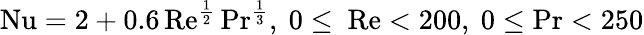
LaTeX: \mathrm{Nu}=2+0.6\, \mathrm{Re}^{\frac{1}{2}}\, \mathrm{Pr}^{\frac{1}{3}},~0\leq~\mathrm{Re}<200,~0\leq\mathrm{Pr}<250